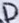
Text: D